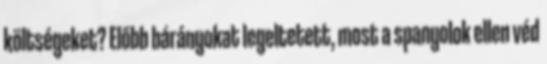
költségeket? Előbb bárányokat legeltetett, most a spanyolok ellen véd